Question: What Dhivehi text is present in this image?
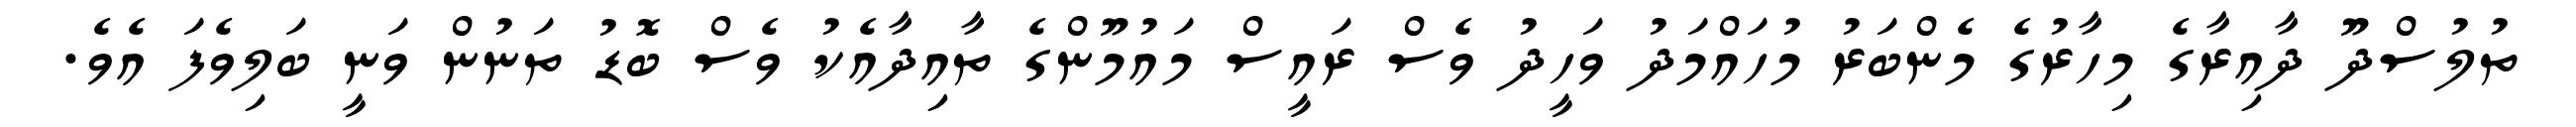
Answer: ތުލުސްދޫ ދާއިރާގެ މިހާރުގެ މެންބަރު މުހައްމަދު ވަހީދު ވެސް ރައީސް މައުމޫންގެ ތާއިދާއެކު ވެސް ބޮޑު ތަނުން ވަނީ ބަލިވެފަ އެވެ.